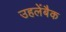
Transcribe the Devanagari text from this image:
उहलेंबैक